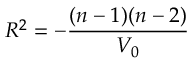
R ^ { 2 } = - \frac { ( n - 1 ) ( n - 2 ) } { V _ { 0 } }